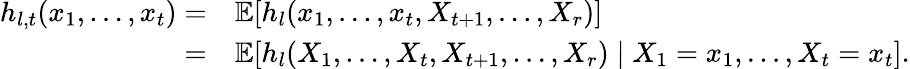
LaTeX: \begin{array}{rl}{h_{l,t}(x_{1},\ldots,x_{t})=}&{\mathbb{E}[h_{l}(x_{1},\ldots,x_{t},X_{t+1},\ldots,X_{r})]}\\ {=}&{\mathbb{E}[h_{l}(X_{1},\ldots,X_{t},X_{t+1},\ldots,X_{r})\mid X_{1}=x_{1},\ldots,X_{t}=x_{t}].}\end{array}